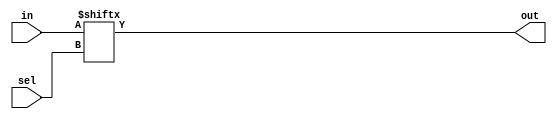
module mux2to1 (in,sel,out);

  input[1:0] in;
  input sel;
  output out;

  assign out=in[sel];

endmodule